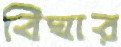
বিঘার